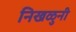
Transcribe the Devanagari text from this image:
निखळुनी